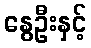
နွေဦးနှင့်